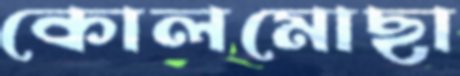
কোলমোছা